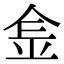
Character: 𨤾